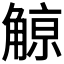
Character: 𧤚